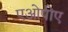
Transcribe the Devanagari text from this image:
एओपीए